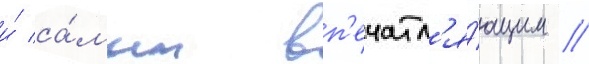
и́ са́мым вп'ечатл'я́ющим //